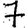
Digit: 7